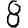
Digit: 8